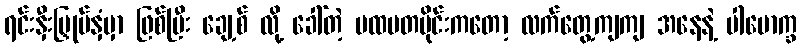
ရင်းနှီးမြှုပ်နှံမှာ ဖြစ်ပြီး ချေ့စ် လို့ ခေါ်တဲ့ ပထမတပိုင်းကတော့ လက်တွေ့ကျကျ အနေနဲ့ ပါမောက္ခ